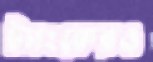
ট্যাংকেরও